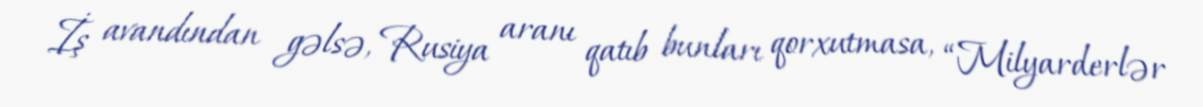
İş avandından gəlsə, Rusiya aranı qatıb bunları qorxutmasa, “Milyarderlər